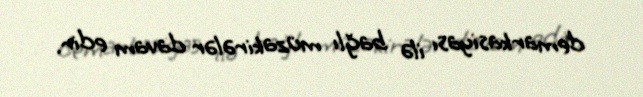
demarkasiyası ilə bağlı müzakirələr davam edir.